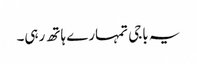
یہ باجی تمہارے ہاتھ رہی۔